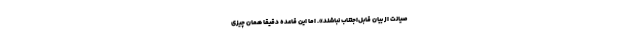
صیانت از بیان قابل‌اجتناب نباشند». اما این قاعده دقیقاً همان چیزی